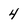
Character: 4